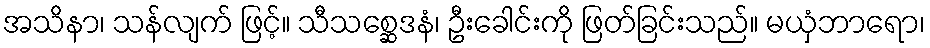
အသိနာ၊ သန်လျက် ဖြင့်။ သီသစ္ဆေဒနံ၊ ဦးခေါင်းကို ဖြတ်ခြင်းသည်။ မယှံဘာရော၊